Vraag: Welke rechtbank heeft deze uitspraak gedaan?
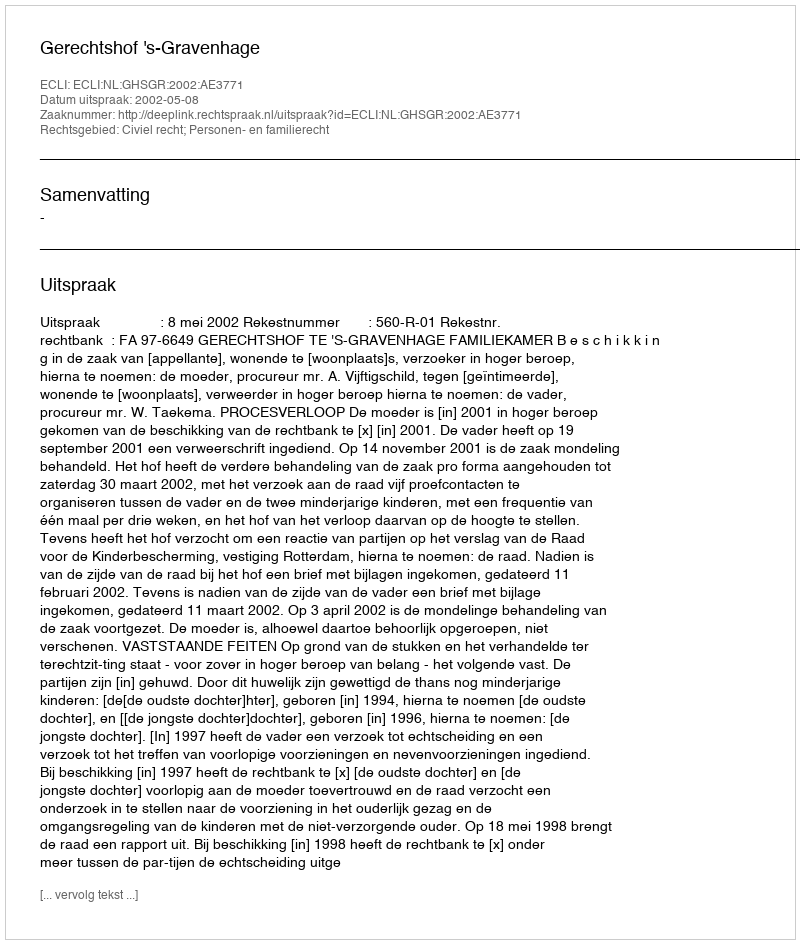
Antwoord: Gerechtshof 's-Gravenhage